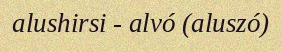
alushirsi - alvó (aluszó)